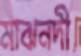
মাঝনদী